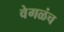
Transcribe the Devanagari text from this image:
वेगळंच